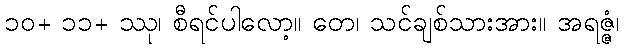
၁၀+ ၁၁+ ဿု၊ စီရင်ပါလော့။ တေ၊ သင်ချစ်သားအား။ အရဇ္ဇံ၊